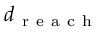
d _ { \mathrm { ~ r ~ e ~ a ~ c ~ h ~ } }